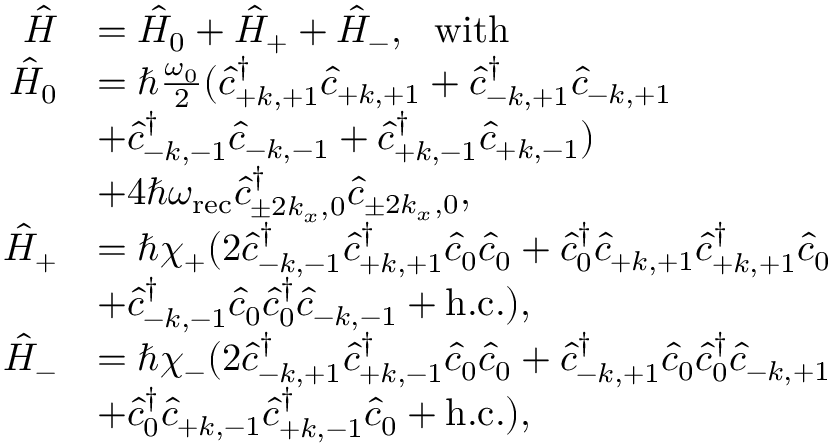
\begin{array} { r l } { \hat { H } } & { = \hat { H } _ { 0 } + \hat { H } _ { + } + \hat { H } _ { - } , \ \ \mathrm { w i t h } } \\ { \hat { H } _ { 0 } } & { = \hbar \frac { \omega _ { 0 } } { 2 } ( \hat { c } _ { + k , + 1 } ^ { \dagger } \hat { c } _ { + k , + 1 } + \hat { c } _ { - k , + 1 } ^ { \dagger } \hat { c } _ { - k , + 1 } } \\ & { + \hat { c } _ { - k , - 1 } ^ { \dagger } \hat { c } _ { - k , - 1 } + \hat { c } _ { + k , - 1 } ^ { \dagger } \hat { c } _ { + k , - 1 } ) } \\ & { + 4 \hbar \omega _ { \mathrm { r e c } } \hat { c } _ { \pm 2 k _ { x } , 0 } ^ { \dagger } \hat { c } _ { \pm 2 k _ { x } , 0 } , } \\ { \hat { H } _ { + } } & { = \hbar \chi _ { + } ( 2 \hat { c } _ { - k , - 1 } ^ { \dagger } \hat { c } _ { + k , + 1 } ^ { \dagger } \hat { c } _ { 0 } \hat { c } _ { 0 } + \hat { c } _ { 0 } ^ { \dagger } \hat { c } _ { + k , + 1 } \hat { c } _ { + k , + 1 } ^ { \dagger } \hat { c } _ { 0 } } \\ & { + \hat { c } _ { - k , - 1 } ^ { \dagger } \hat { c } _ { 0 } \hat { c } _ { 0 } ^ { \dagger } \hat { c } _ { - k , - 1 } + \mathrm { h . c . } ) , } \\ { \hat { H } _ { - } } & { = \hbar \chi _ { - } ( 2 \hat { c } _ { - k , + 1 } ^ { \dagger } \hat { c } _ { + k , - 1 } ^ { \dagger } \hat { c } _ { 0 } \hat { c } _ { 0 } + \hat { c } _ { - k , + 1 } ^ { \dagger } \hat { c } _ { 0 } \hat { c } _ { 0 } ^ { \dagger } \hat { c } _ { - k , + 1 } } \\ & { + \hat { c } _ { 0 } ^ { \dagger } \hat { c } _ { + k , - 1 } \hat { c } _ { + k , - 1 } ^ { \dagger } \hat { c } _ { 0 } + \mathrm { h . c . } ) , } \end{array}